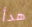
هدأ